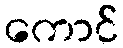
ကောင်